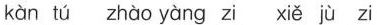
kàn tú zhào yàng zi xiě jù zi